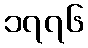
၁၇၇၆